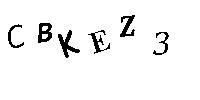
CBKEZ3